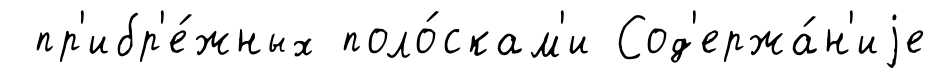
пр'ибр'е́жных поло́скам'и Сод'ержа́н'иjе